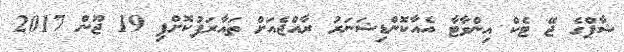
ޝާޕްގެ ޖޭ ޓެކް އިންވާޓާ އެއާކޮންޑިޝަނަރު ރާއްޖެއަށް ތައާރަފުކޮށްފި 19 ޖޫން 2017